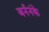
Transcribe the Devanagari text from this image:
बर्ननंके